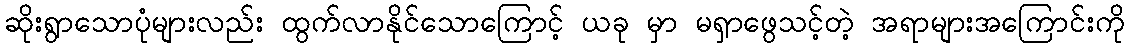
ဆိုးရွာသောပုံများလည်း ထွက်လာနိုင်သောကြောင့် ယခု မှာ မရှာဖွေသင့်တဲ့ အရာများအကြောင်းကို